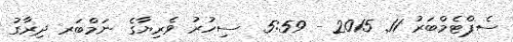
ސެޕްޓެމްބަރު 11